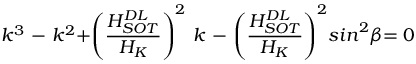
k ^ { { 3 } } \ { - \ } k ^ { { 2 } } { + } { \left( \frac { H _ { S O T } ^ { D L } } { H _ { K } } \right) } ^ { 2 } { \ } k \ { - \ } { \left( \frac { H _ { S O T } ^ { D L } } { H _ { K } } \right) } ^ { 2 } { { s i n } } ^ { { 2 } } \beta { = 0 }